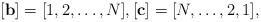
LaTeX: \begin{gather*}[\mathbf{b}]=[1,2,\ldots,N],[\mathbf{c}]=[N,\ldots,2,1],\end{gather*}